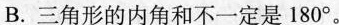
B.三角形的内角和不一定是180°。